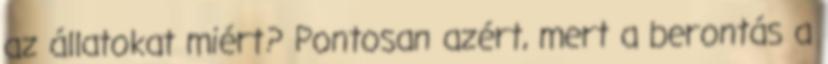
az állatokat miért? Pontosan azért, mert a berontás a